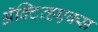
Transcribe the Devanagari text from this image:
ॲक्टिव्हएक्स